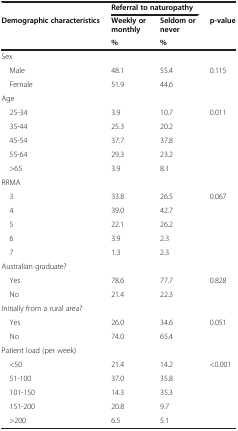
<table><thead><tr><td><b> </b></td><td colspan="2"><b>Referral to naturopathy</b></td><td><b> </b></td></tr><tr><td><b>Demographic characteristics</b></td><td><b>Weekly or monthly</b></td><td><b>Seldom or never</b></td><td><b>p-value</b></td></tr><tr><td><b> </b></td><td><b>%</b></td><td><b>%</b></td><td><b> </b></td></tr></thead><tbody><tr><td colspan="4">Sex</td></tr><tr><td> Male</td><td>48.1</td><td>55.4</td><td>0.115</td></tr><tr><td> Female</td><td>51.9</td><td>44.6</td><td> </td></tr><tr><td colspan="4">Age</td></tr><tr><td> 25-34</td><td>3.9</td><td>10.7</td><td>0.011</td></tr><tr><td> 35-44</td><td>25.3</td><td>20.2</td><td> </td></tr><tr><td> 45-54</td><td>37.7</td><td>37.8</td><td> </td></tr><tr><td> 55-64</td><td>29.3</td><td>23.2</td><td> </td></tr><tr><td> &gt;65</td><td>3.9</td><td>8.1</td><td> </td></tr><tr><td colspan="4">RRMA</td></tr><tr><td> 3</td><td>33.8</td><td>26.5</td><td>0.067</td></tr><tr><td> 4</td><td>39.0</td><td>42.7</td><td> </td></tr><tr><td> 5</td><td>22.1</td><td>26.2</td><td> </td></tr><tr><td> 6</td><td>3.9</td><td>2.3</td><td> </td></tr><tr><td> 7</td><td>1.3</td><td>2.3</td><td> </td></tr><tr><td colspan="4">Australian graduate?</td></tr><tr><td> Yes</td><td>78.6</td><td>77.7</td><td>0.828</td></tr><tr><td> No</td><td>21.4</td><td>22.3</td><td> </td></tr><tr><td colspan="4">Initially from a rural area?</td></tr><tr><td> Yes</td><td>26.0</td><td>34.6</td><td>0.051</td></tr><tr><td> No</td><td>74.0</td><td>65.4</td><td> </td></tr><tr><td colspan="4">Patient load (per week)</td></tr><tr><td> &lt;50</td><td>21.4</td><td>14.2</td><td>&lt;0.001</td></tr><tr><td> 51-100</td><td>37.0</td><td>35.8</td><td> </td></tr><tr><td> 101-150</td><td>14.3</td><td>35.3</td><td> </td></tr><tr><td> 151-200</td><td>20.8</td><td>9.7</td><td> </td></tr><tr><td> &gt;200</td><td>6.5</td><td>5.1</td><td> </td></tr></tbody></table>